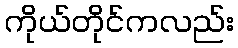
ကိုယ်တိုင်ကလည်း